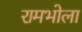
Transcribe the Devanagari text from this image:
रामभोला